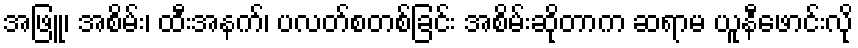
အဖြူ၊ အစိမ်း၊ ထီးအနက်၊ ပလတ်စတစ်ခြင်း အစိမ်းဆိုတာက ဆရာမ ယူနီဖောင်းလို